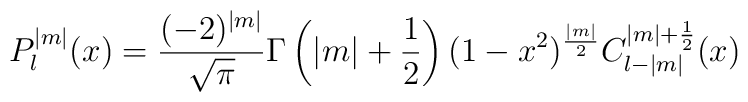
P_l^{|m|}(x) = \frac{(-2)^{|m|}}{\sqrt{\pi}} \Gamma\left( |m|+\frac{1}{2} \right) (1 - x^2)^{\frac{|m|}{2}}C_{l-|m|}^{|m|+\frac{1}{2}}(x)